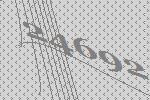
24692